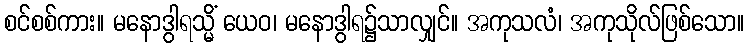
စင်စစ်ကား။ မနောဒွါရသ္မိံ ယေဝ၊ မနောဒွါရ၌သာလျှင်။ အကုသလံ၊ အကုသိုလ်ဖြစ်သော။